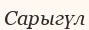
Сарыгүл